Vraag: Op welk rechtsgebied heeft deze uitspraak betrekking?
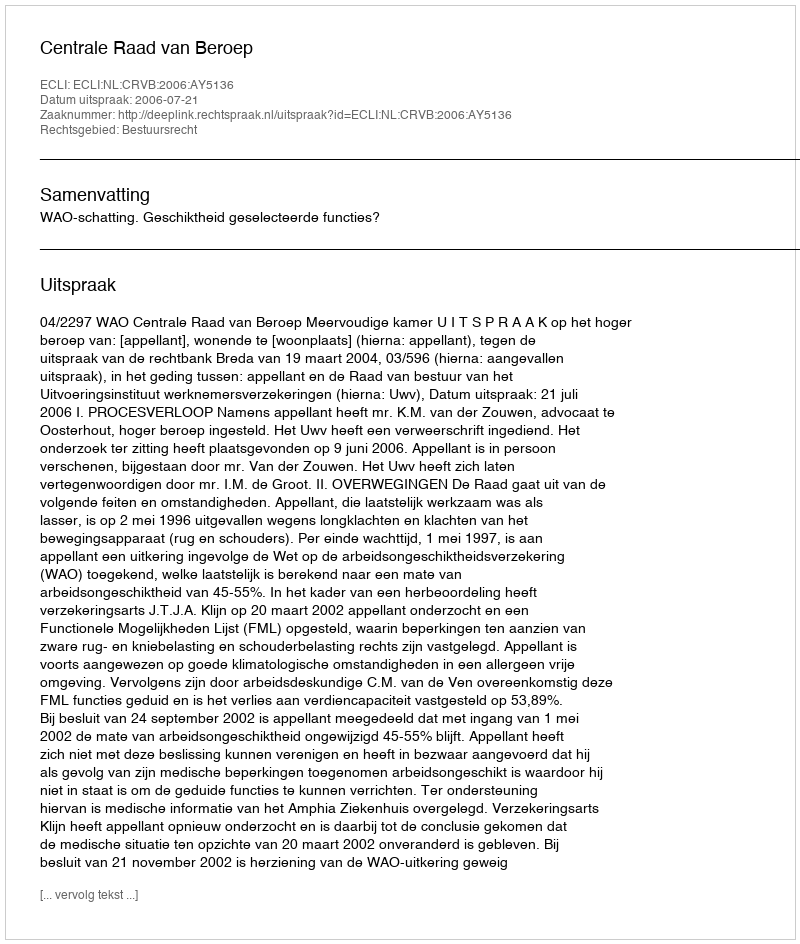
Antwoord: Bestuursrecht